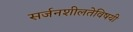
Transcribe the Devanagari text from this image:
सर्जनशीलतेविषयी